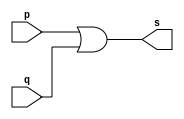
// PUC Minas - Ciencia da Computacao - Arquitetura de Computadores I
// Exemplo0015 - or - 3 entradas 
// Nome: Ana Cristina Pereira Teixeira

// 10.) Construir a tabela_verdade para a porta OR com 4 entradas.
// Obs.: Criar um mdulo que use outros mdulos OR de 2 entradas.

// --------------------- 
// -- or gate
// --------------------- 
module or2gate (output s, input p, input q);
	assign s = (p | q); // vinculo permanente
endmodule // or2gate

module or4gate (output s, input a, input b, input c, input d);
	wire z, z1; // conexao
	or2gate OR2_1 (z, a, b);
	or2gate OR2_2 (z1, z, c);
	or2gate OR3_3 (s, z1, d);
endmodule // or3gate

// --------------------- 
// -- test orgate 
// --------------------- 
module testorgate; 
// ------------------------- dados locais 
	reg a, b, c, d; // definir registrador 
	wire s; // definir conexao (fio) 
// ------------------------- instancia 
	or4gate OR4 (s, a, b, c, d);
// ------------------------- preparacao
	initial begin:start
		a = 0;
		b = 0;
		c = 0;
		d = 0;
	end
// ------------------------- parte principal
	initial begin:main
		$display("Exemplo0015 - Exercicio0010 - Ana Cristina - 427385");
		$display("Test or gate");
		$display("\n a | b | c | d = s\n");
		$monitor("%b | %b | %b | %b = %b", a, b, c, d, s);
		#1 a = 0; b = 0; c = 0; d = 0;
		#1 a = 0; b = 0; c = 0; d = 1;
		#1 a = 0; b = 0; c = 1; d = 0;
		#1 a = 0; b = 0; c = 1; d = 1;
		#1 a = 0; b = 1; c = 0; d = 0;
		#1 a = 0; b = 1; c = 0; d = 1;
		#1 a = 0; b = 1; c = 1; d = 0;
		#1 a = 0; b = 1; c = 1; d = 1;
		#1 a = 1; b = 0; c = 0; d = 0;
		#1 a = 1; b = 0; c = 0; d = 1;
		#1 a = 1; b = 0; c = 1; d = 0;
		#1 a = 1; b = 0; c = 1; d = 1;
		#1 a = 1; b = 1; c = 0; d = 0;
		#1 a = 1; b = 1; c = 0; d = 1;
		#1 a = 1; b = 1; c = 1; d = 0;
		#1 a = 1; b = 1; c = 1; d = 1;
	end
endmodule // testandgate